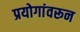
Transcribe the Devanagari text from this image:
प्रयोगांवरून